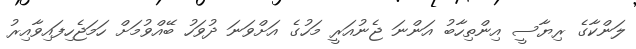
ލަންކާގެ ރިޔާސީ އިންތިހާބު އަންނަ ޖެނުއަރީ މަހުގެ އަށްވަަނަ ދުވަހު ބޭއްވުމަށް ހަމަޖެހިފައިވާއިރު